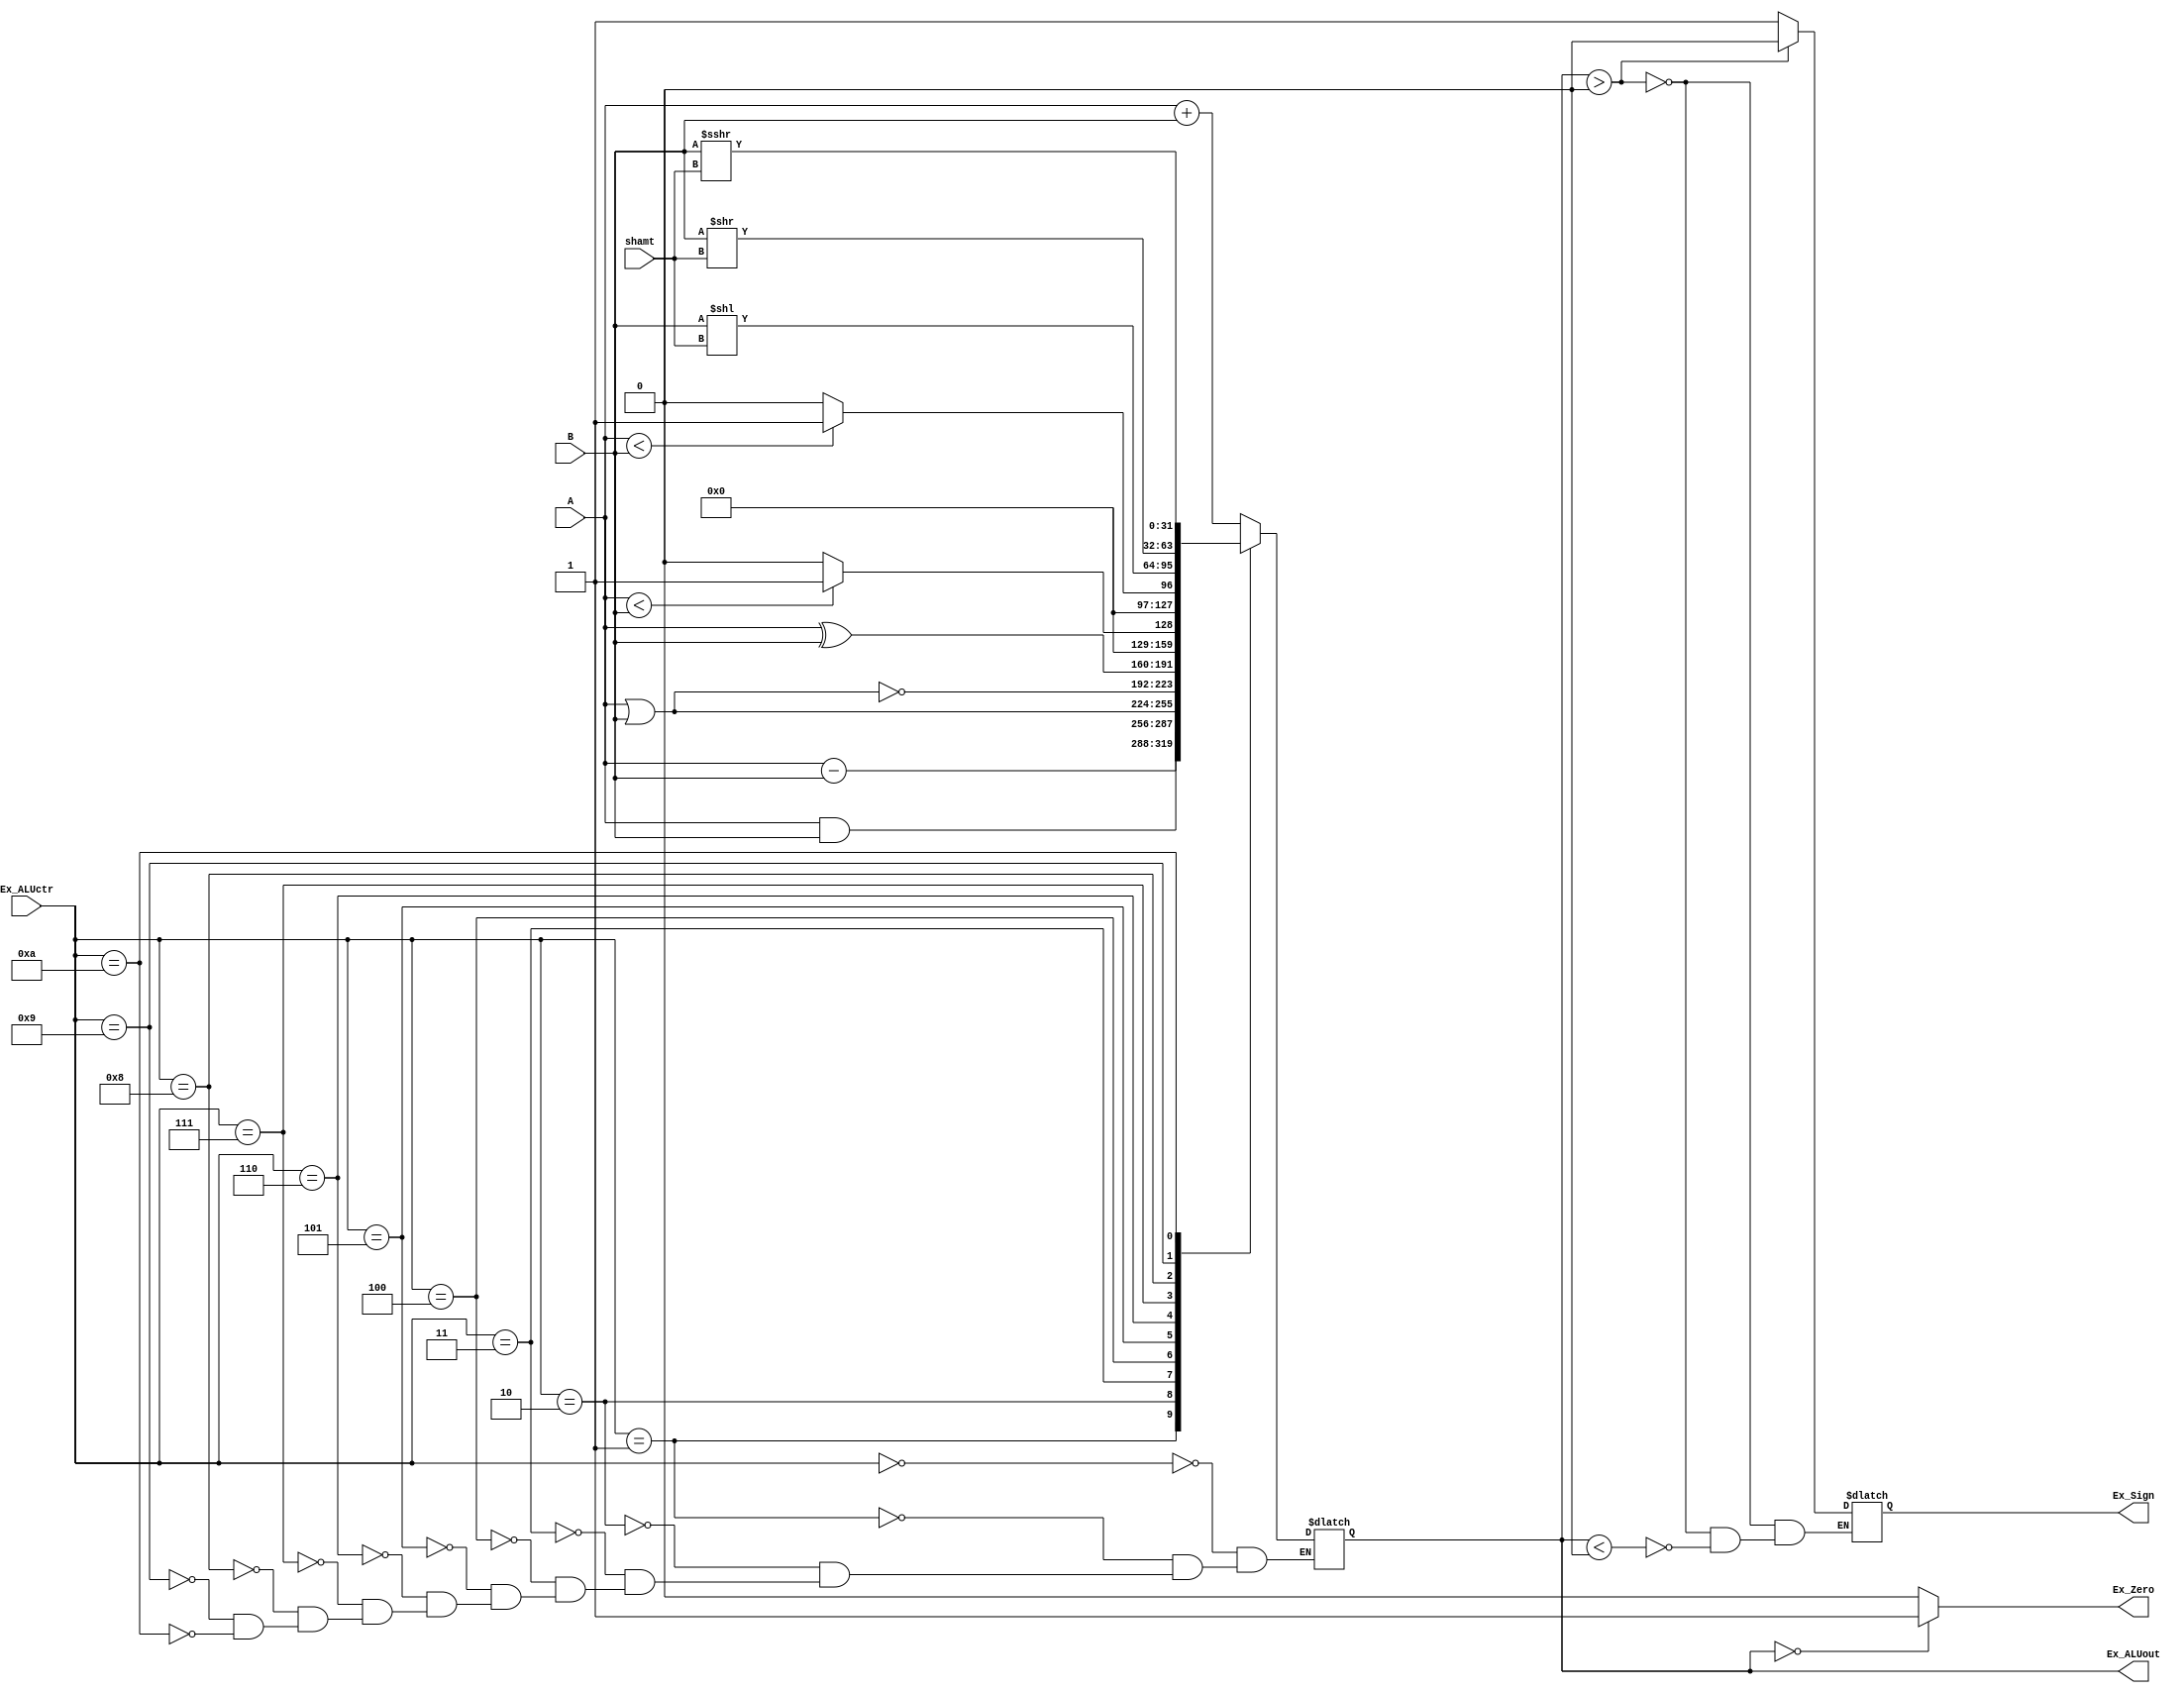
module ALU(
    input [31:0] A,
    input [31:0] B,
    input [3:0] Ex_ALUctr,
    input [4:0] shamt,

    output reg [31:0] Ex_ALUout,
    output wire Ex_Zero,
    output reg Ex_Sign
);

    //Ex_ALUctr
    parameter ADD = 4'b0000;
    parameter SUB = 4'b0001;
    parameter AND = 4'b0010;
    parameter OR  = 4'b0011;
    parameter NOR = 4'b0100;
    parameter XOR = 4'b0101;
    parameter SLT = 4'b0110;
    parameter SLTU= 4'b0111;
    parameter SLL = 4'b1000;
    parameter SRL = 4'b1001;
    // parameter SLA = 4'b1010;
    parameter SRA = 4'b1010;

    always @(*)
        case (Ex_ALUctr)
            ADD: Ex_ALUout <= A + B;
            SUB: Ex_ALUout <= A - B;
            AND: Ex_ALUout <= A & B;
            OR:  Ex_ALUout <= A | B;
            NOR: Ex_ALUout <= ~(A | B);
            XOR: Ex_ALUout <= A ^ B;
            SLT: Ex_ALUout <= ($signed(A) < $signed(B) ? 1:0);
            SLTU:Ex_ALUout <= (A<B ? 1:0);
            SLL: Ex_ALUout <= (B << shamt);
            // SLA: Ex_ALUout <= (B <<< shamt);
            SRL: Ex_ALUout <= (B >> shamt);
            SRA: Ex_ALUout <= ($signed(B) >>> shamt);
        endcase

    assign Ex_Zero = (Ex_ALUout == 0 ? 1:0);

    always @(*)
        if (Ex_ALUout > 0)
            Ex_Sign = 0;
        else if (Ex_ALUout < 0)
            Ex_Sign = 1;

endmodule


module Ex_Adder(
    input [31:0] Ex_imm32, Ex_npc,

    output [31:0] Ex_branch_addr
);

    assign Ex_branch_addr = Ex_npc + (Ex_imm32 << 2);
endmodule